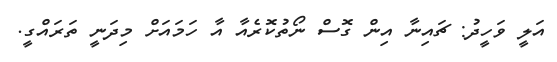
އަލީ ވަހީދު: ޗައިނާ އިން ގޮސް ނޯތުކޮރެއާ އާ ހަމައަށް މިދަނީ ތަރައްގީ.